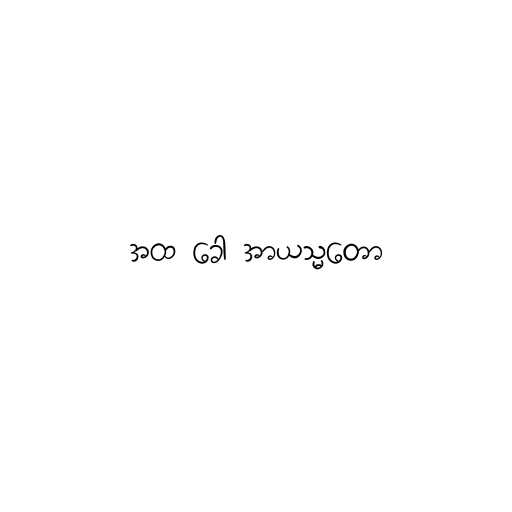
အထ ခေါ အာယသ္မတော